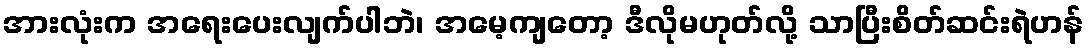
အားလုံးက အရေးပေးလျက်ပါဘဲ၊ အမေ့ကျတော့ ဒီလိုမဟုတ်လို့ သာပြီးစိတ်ဆင်းရဲဟန်